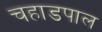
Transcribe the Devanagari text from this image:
चहाडपाल